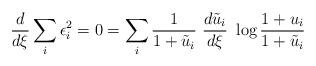
LaTeX: \begin{align*}\frac{d}{d\xi} \sum_i \epsilon_i^2 = 0 = \sum_i \frac{1}{1+\tilde{u}_i} \ \frac{d\tilde{u}_i}{d\xi} \ \log \frac{1+u_i}{1+\tilde{u}_i}\end{align*}